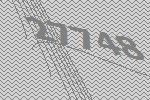
27748